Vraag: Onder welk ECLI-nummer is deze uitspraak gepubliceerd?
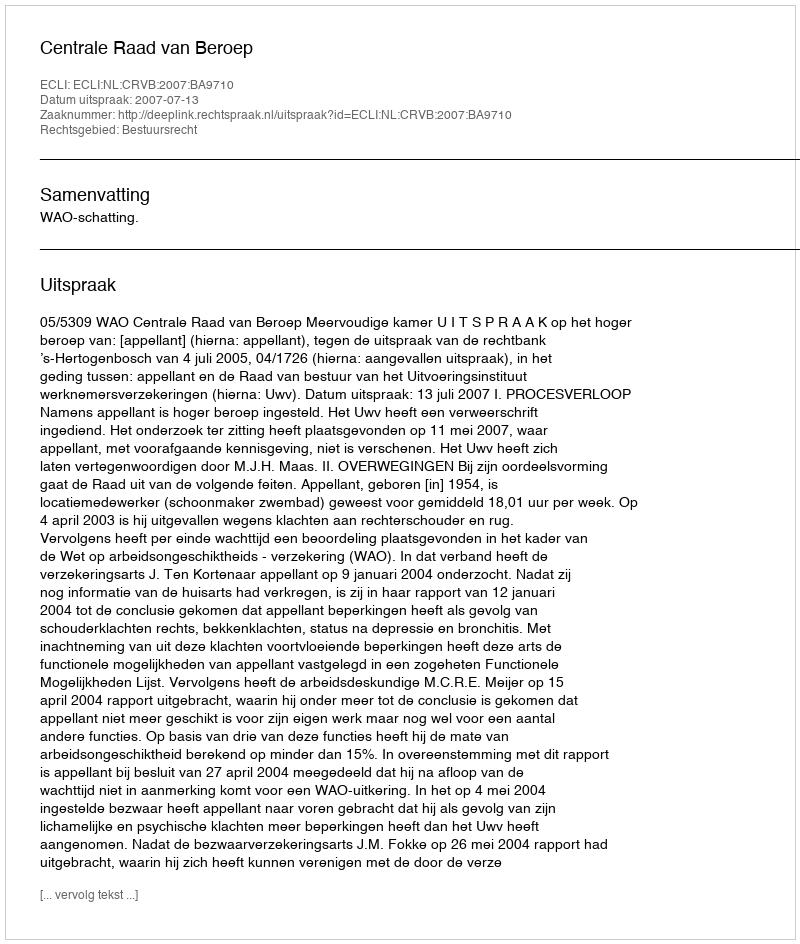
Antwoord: ECLI:NL:CRVB:2007:BA9710